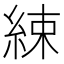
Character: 綀